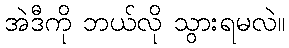
အဲဒီကို ဘယ်လို သွားရမလဲ။